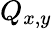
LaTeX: Q_{x,y}